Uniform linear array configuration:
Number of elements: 32
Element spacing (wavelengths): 0.75
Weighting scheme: uniform
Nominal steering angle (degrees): -60
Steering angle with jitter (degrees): -59.295
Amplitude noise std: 0.05
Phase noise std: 0.05

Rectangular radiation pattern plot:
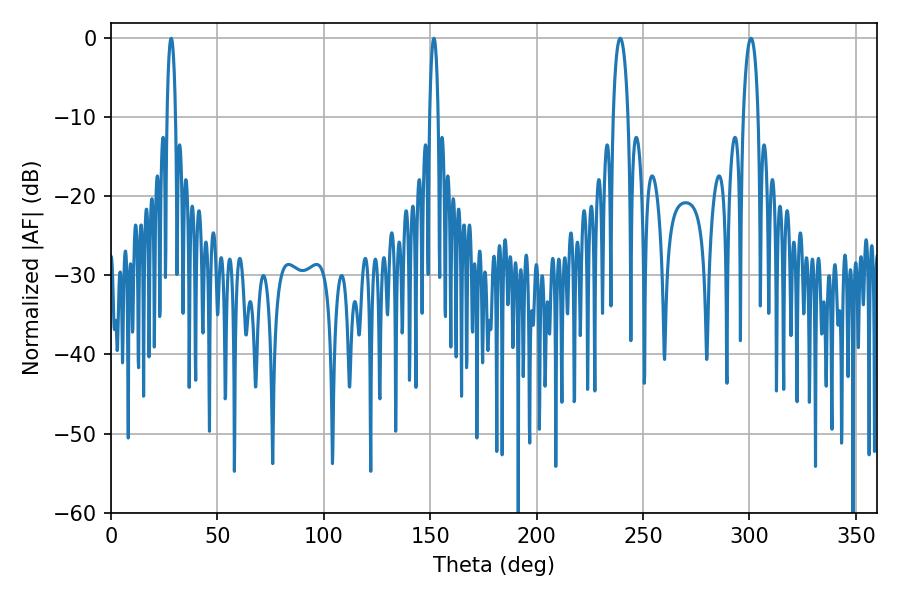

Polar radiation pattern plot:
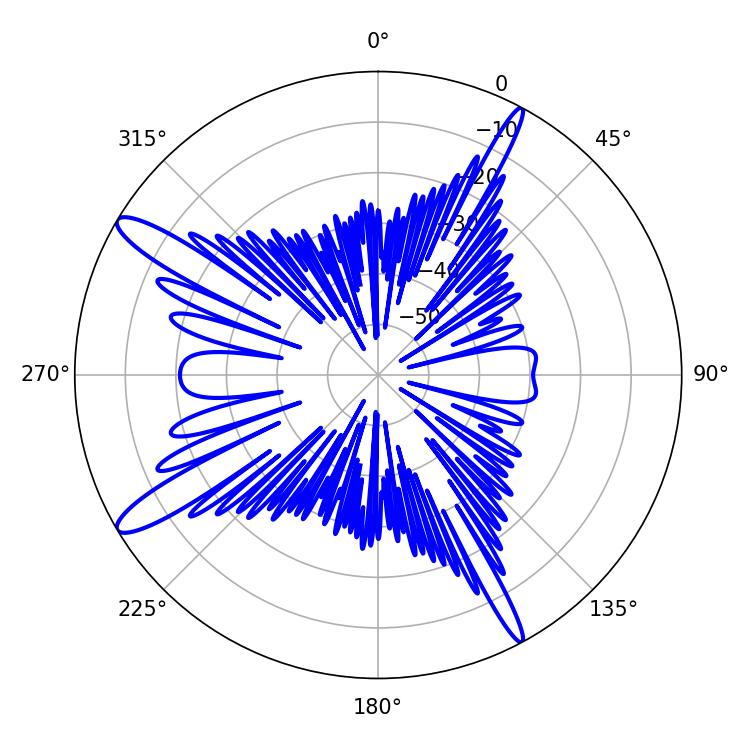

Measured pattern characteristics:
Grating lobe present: TRUE
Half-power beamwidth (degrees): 2.16
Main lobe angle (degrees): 28.26